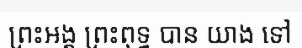
ព្រះអង្គ ព្រះពុទ្ធ បាន យាង ទៅ